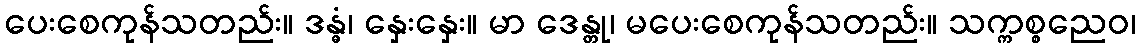
ပေးစေကုန်သတည်း။ ဒန္ဓံ၊ နှေးနှေး။ မာ ဒေန္တု၊ မပေးစေကုန်သတည်း။ သက္ကစ္စညေဝ၊